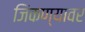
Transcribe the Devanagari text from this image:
जिंकण्यावर